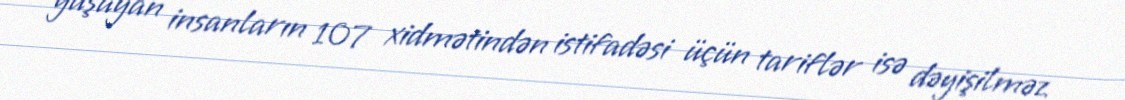
yaşayan insanların 107 xidmətindən istifadəsi üçün tariflər isə dəyişilməz